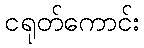
ငရုတ်ကောင်း